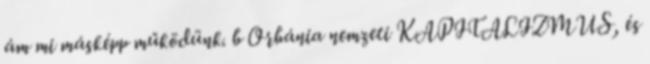
ám mi másképp működünk. b Orbánia nemzeti KAPITALIZMUS, és